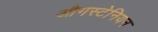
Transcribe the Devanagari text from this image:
औगस्टेनियन